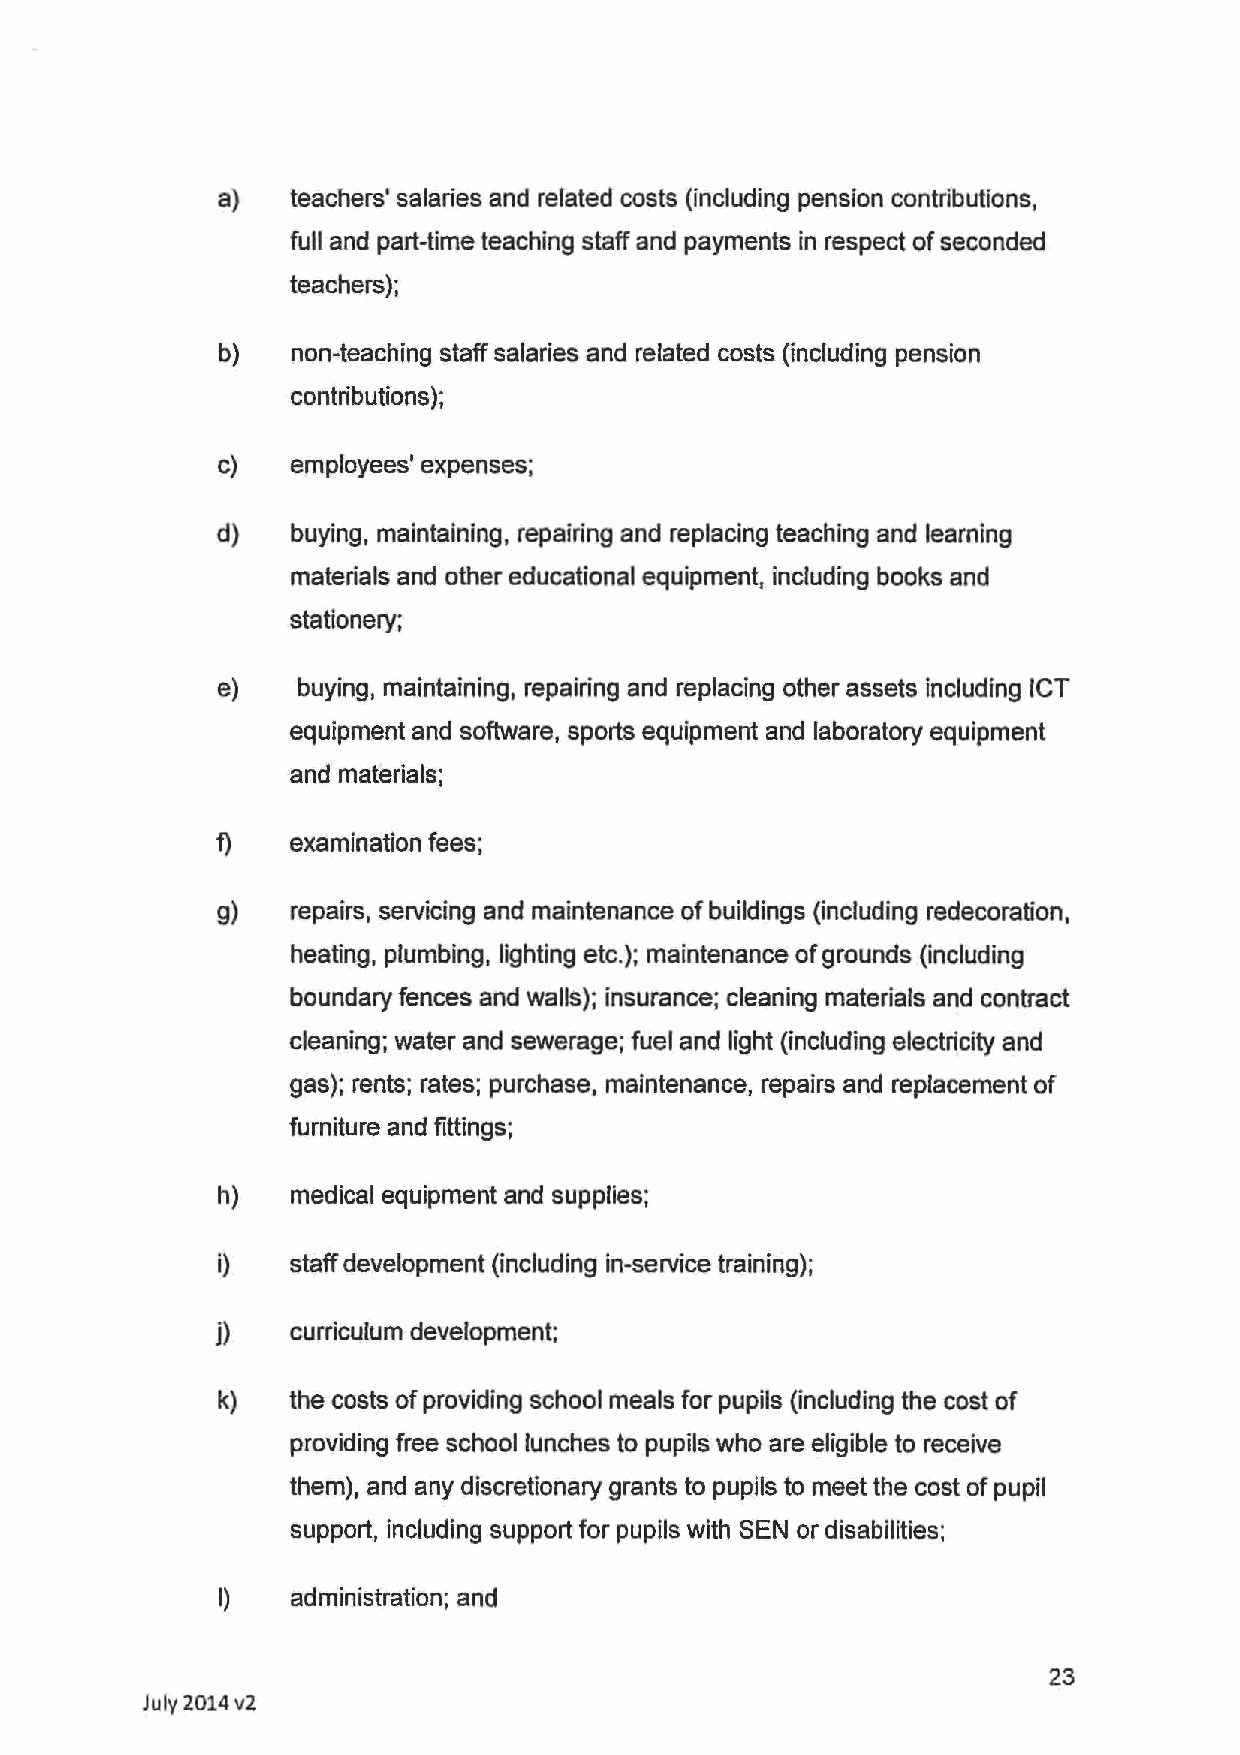
a)  teachers' salaries and related costs (including pension contributions,
 full and part-time teaching staff and payments in respect of seconded
 teachers);
 b)  non-teaching staff salaries and related costs {including pension
 contributions);
 c)   employees' expenses;
 d)   buying, maintaining, repairing and replacing teaching and learning
 materials and other educational equipment, including books and
 stationery;
 e)    buying, maintaining, repairing and replacing other assets including ICT
 equipment and software, sports equipment and laboratory equipment
 and materials;
 f)   examination fees;
 g)   repairs, servicing and maintenance of buildings {including redecoration,
 heating, plumbing, lighting etc.); maintenance of grounds {including
 boundary fences and walls); insurance; cleaning materials and contract
 cleaning; water and sewerage; fuel and light {including electricity and
 gas); rents; rates; purchase, maintenance, repairs and replacement of
 furniture and fittings;
 h)   medical equipment and supplies;
 i)   staff development {including in-service training);
 j)   curriculum development;
 k)  the costs of providing school meals for pupils {including the cost of
 providing free school lunches to pupils who are eligible to receive
 them), and any discretionary grants to pupils to meet the cost of pupil
 support, including support for pupils with SEN or disabilities;
 I)  administration; and
 23
 July 2.014 v2.